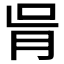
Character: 𦙃